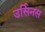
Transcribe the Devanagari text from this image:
उर्सिनस